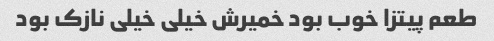
طعم پیتزا خوب بود خمیرش خیلی خیلی نازک بود